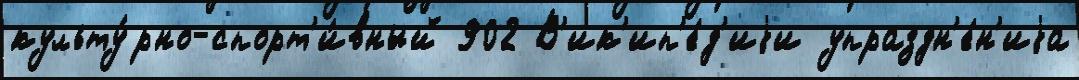
культу́рно-спорт'и́вный 902 В'ик'ип'е́д'иjи упраздн'е́н'иjа